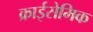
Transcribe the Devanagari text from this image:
क्राईसेमिक